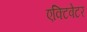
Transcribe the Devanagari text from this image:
एक्टिवेटर